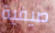
صيفية